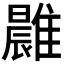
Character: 𩀭